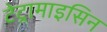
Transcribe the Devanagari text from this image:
टेट्रामाइसिन